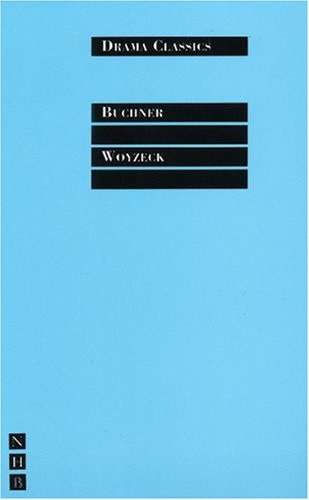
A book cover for Woyzeck (Drama Classics); Georg Buchner; Literature & Fiction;